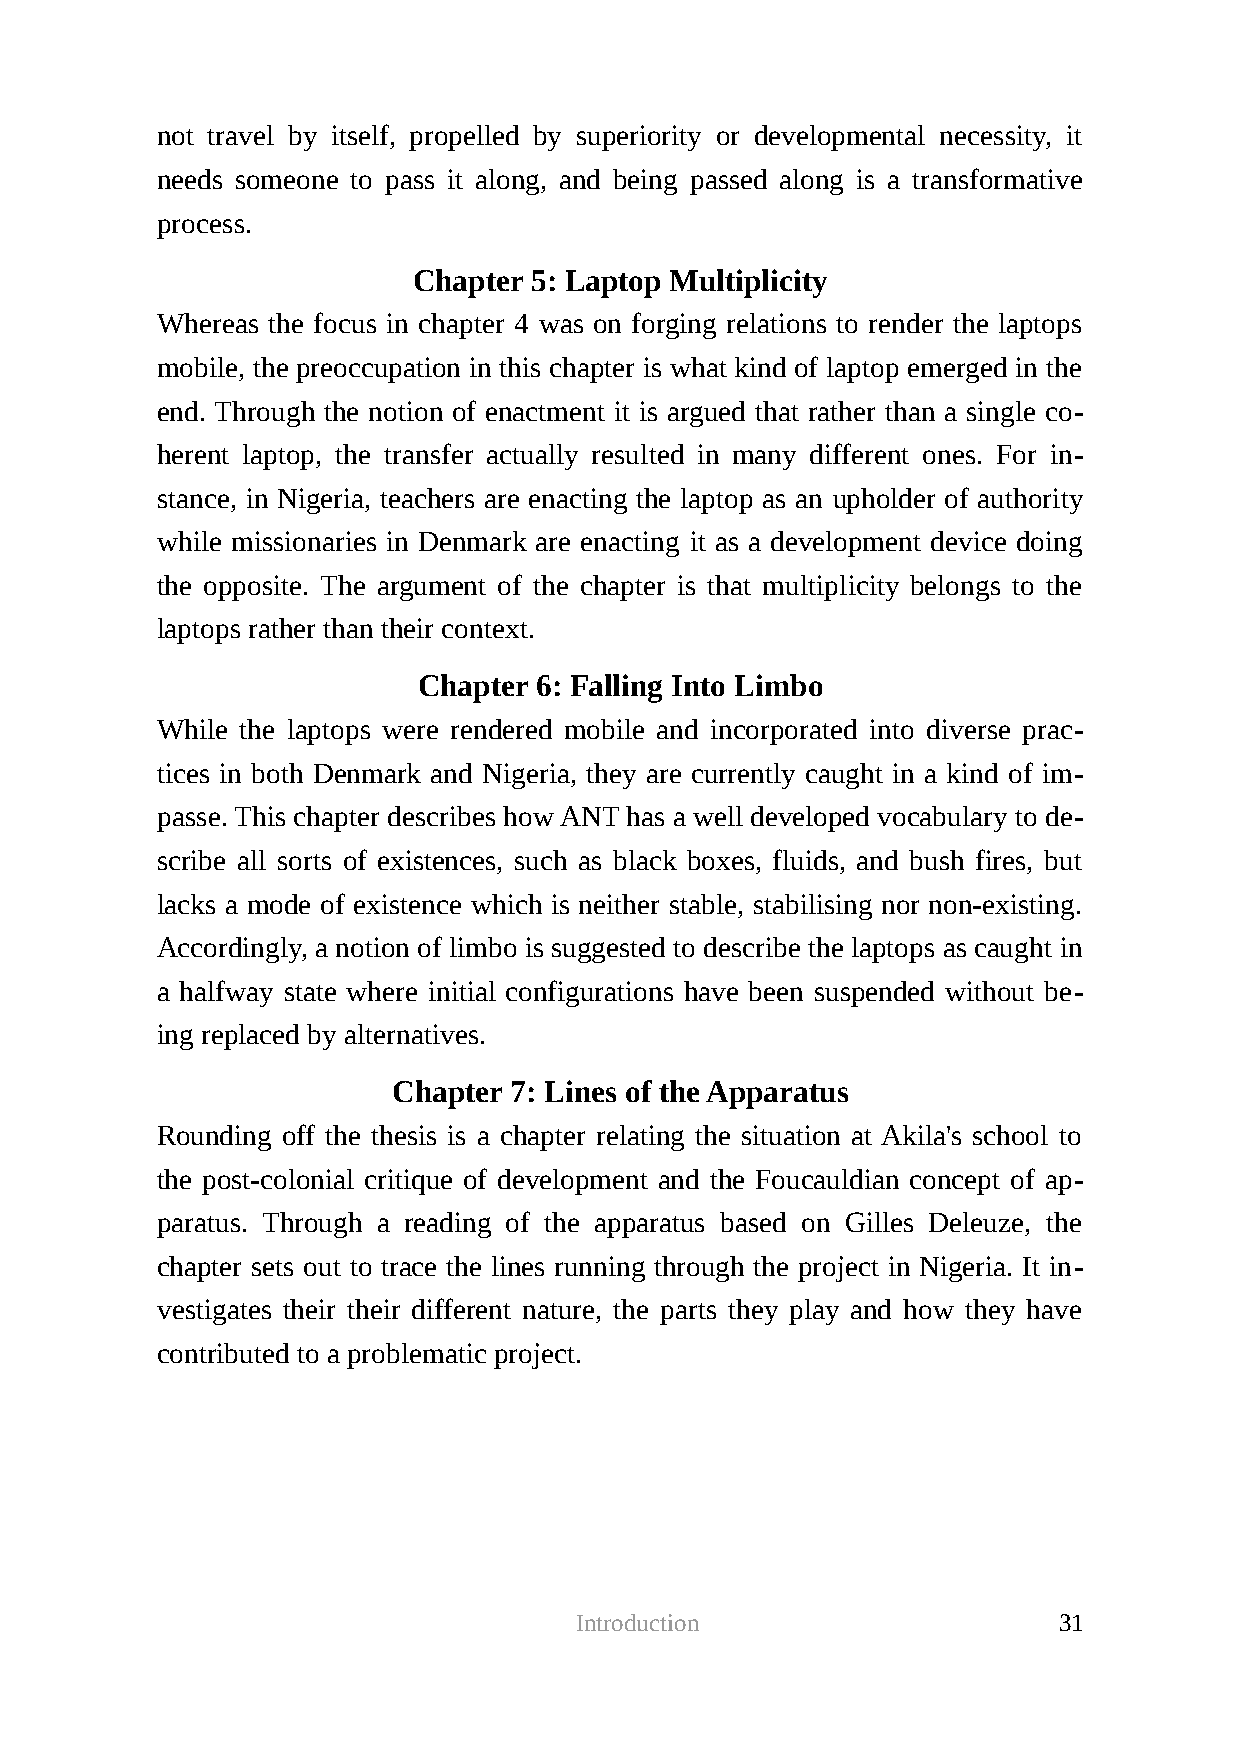
not travel by itself, propelled by superiority or developmental necessity, it
 needs someone to pass it along, and being passed along is a transformative
 process.
 Chapter 5: Laptop Multiplicity
 Whereas the focus in chapter 4 was on forging relations to render the laptops
 mobile, the preoccupation in this chapter is what kind of laptop emerged in the
 end. Through the notion of enactment it is argued that rather than a single co-
 herent laptop, the transfer actually resulted in many different ones. For in-
 stance, in Nigeria, teachers are enacting the laptop as an upholder of authority
 while missionaries in Denmark are enacting it as a development device doing
 the opposite. The argument of the chapter is that multiplicity belongs to the
 laptops rather than their context.
 Chapter 6: Falling Into Limbo
 While the laptops were rendered mobile and incorporated into diverse prac-
 tices in both Denmark and Nigeria, they are currently caught in a kind of im-
 passe. This chapter describes how ANT has a well developed vocabulary to de-
 scribe all sorts of existences, such as black boxes, fluids, and bush fires, but
 lacks a mode of existence which is neither stable, stabilising nor non-existing.
 Accordingly, a notion of limbo is suggested to describe the laptops as caught in
 a halfway state where initial configurations have been suspended without be-
 ing replaced by alternatives.
 Chapter 7: Lines of the Apparatus
 Rounding off the thesis is a chapter relating the situation at Akila's school to
 the post-colonial critique of development and the Foucauldian concept of ap-
 paratus. Through a reading of the apparatus based on Gilles Deleuze, the
 chapter sets out to trace the lines running through the project in Nigeria. It in-
 vestigates their their different nature, the parts they play and how they have
 contributed to a problematic project.
 Introduction                    31